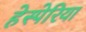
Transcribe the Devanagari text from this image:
हेस्पेरिया